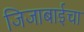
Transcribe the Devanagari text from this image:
जिजाबाईचा